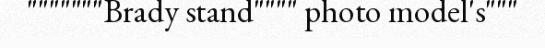
"""""""Brady stand"""" photo model's"""